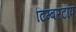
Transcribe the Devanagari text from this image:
टिम्बरटॉप